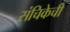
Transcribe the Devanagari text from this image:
संचिकेची